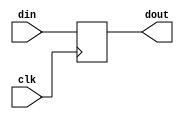
module Dff8(clk,din,dout);
input clk;
input [7:0]din;
output reg[7:0]dout;
always@(posedge clk)
dout=din;
endmodule